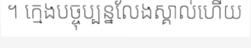
។ ក្មេងបច្ចុប្បន្នលែងស្គាល់ហើយ